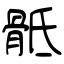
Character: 骶